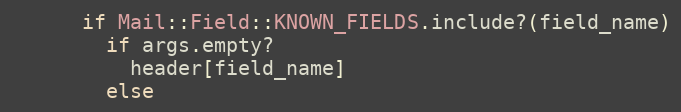
Language: Ruby
      if Mail::Field::KNOWN_FIELDS.include?(field_name)
        if args.empty?
          header[field_name]
        else